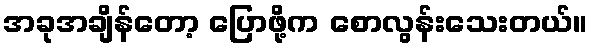
အခုအချိန်တော့ ပြောဖို့က စောလွန်းသေးတယ်။